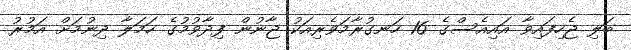
ބަލި ޖެހިފައިވާ އައިއެސްގެ 16 ހަނގުރާމަވެރިއަކު ޖާނުން ފިދާވުމުގެ ހަމަލާ ދިނުމަށް އަމުރު